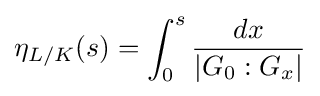
\eta _{L/K}(s)=\int _{0}^{s}{\frac {dx}{|G_{0}:G_{x}|}}